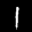
Label: 1